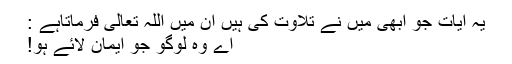
یہ آیات جو ابھی مَیں نے تلاوت کی ہیں ان میں اللہ تعالیٰ فرماتاہے :
اے وہ لوگو جو ایمان لائے ہو!